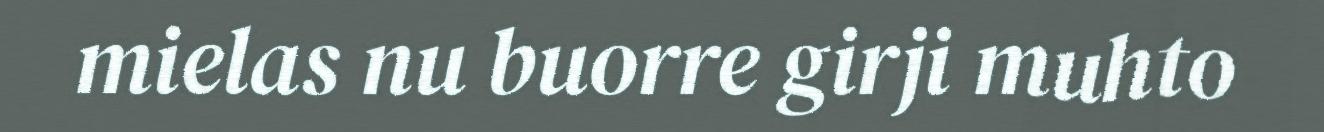
mielas nu buorre girji muhto